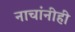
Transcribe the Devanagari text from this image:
नाचांनीही